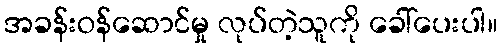
အခန်းဝန်ဆောင်မှု လုပ်တဲ့သူကို ခေါ်ပေးပါ။